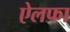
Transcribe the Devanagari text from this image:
ऐलफा